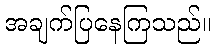
အချက်ပြနေကြသည်။